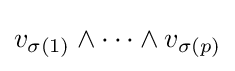
v_{\sigma (1)}\wedge \dots \wedge v_{\sigma (p)}